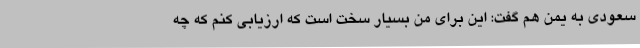
سعودی به یمن هم گفت: این برای من بسیار سخت است که ارزیابی کنم که چه